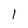
Character: 1